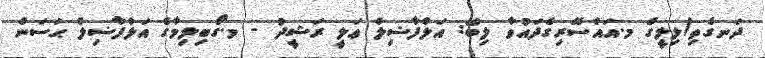
ދަނގެތި/ލިލީގެ މ.އައްސޭރިގެދައުވާ ލިބޭ: އަލްފާޟިލް ޢަލީ ރަޝީދު - މ.ގޯބިލިމާގެ އަލްފާޟިލް ޙަސަން